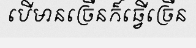
បើមានច្រើនក៏ធ្វើច្រើន